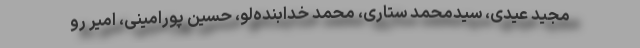
مجید عیدی، سیدمحمد ستاری، محمد خدابنده‌لو، حسین پورامینی، امیر رو